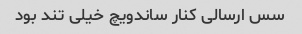
سس ارسالی کنار ساندویچ خیلی تند بود